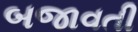
બજાવતી